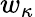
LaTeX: w_{\kappa}